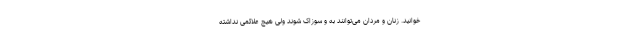
خوانید. زنان و مردان می‌توانند به و سوزاک شوند ولی هیچ علائمی نداشته